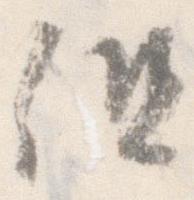
但